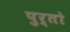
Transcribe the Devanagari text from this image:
पुर्तो